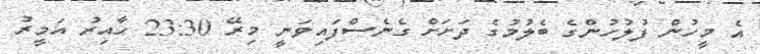
އެ މީހުން ފުލުހުންގެ ބެލުމުގެ ދަށަށް ގެނެސްފައިވަނީ މިރޭ 23:30 ހާއިރު އަމީރު